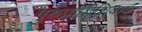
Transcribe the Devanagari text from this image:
गुरुप्राप्तीशिवाय